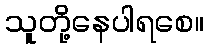
သူတို့နေပါရစေ။